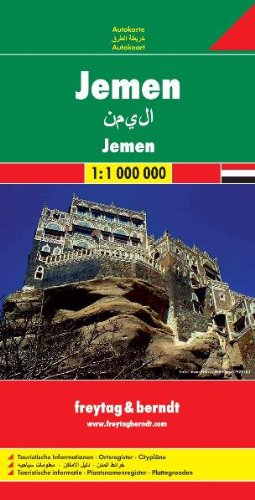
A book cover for Yemen Fb R (English, Spanish, French, Italian and German Edition); fb; Travel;